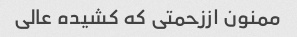
ممنون اززحمتی که کشیده عالی